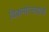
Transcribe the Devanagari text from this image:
विक्रमोत्सवाचे